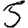
Digit: 5